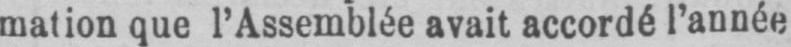
mation que l’Assemblée avait accordé l’année